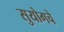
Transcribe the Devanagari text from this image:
सुयोगचे